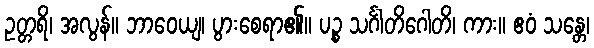
ဥတ္တရိ၊ အလွန်။ ဘာဝေယျ၊ ပွားစေရာ၏။ ပဉ္စ သင်္ဂါတိဂေါတိ၊ ကား။ ဧဝံ သန္တေ၊